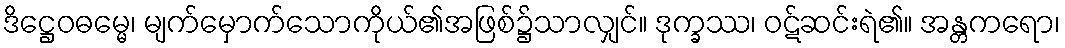
ဒိဋ္ဌေဝဓမ္မေ၊ မျက်မှောက်သောကိုယ်၏အဖြစ်၌သာလျှင်။ ဒုက္ခဿ၊ ဝဋ်ဆင်းရဲ၏။ အန္တကရော၊